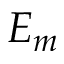
E _ { m }